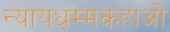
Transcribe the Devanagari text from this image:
न्यायधम्मकहाओ